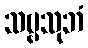
သဗ္ဗသုဘံ